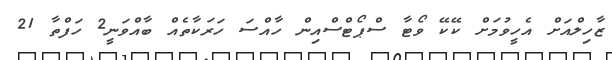
ޒާހިލްއަށް އެހީވުމަށް ކޭކޭ ވޯޓާ ސްޕޯޓްސްއިން ހާއްސަ ހަރަކާތެއް ބާއްވަނީ2 ހަފްތާ 21